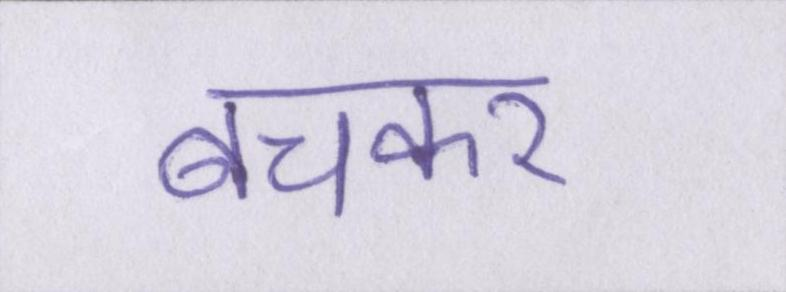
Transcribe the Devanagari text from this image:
बचकर